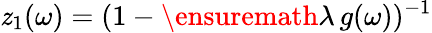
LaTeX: \mathit{z}_{1}(\omega)=(1-\ensuremath{{\lambda}}\, g(\omega))^{-1}